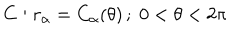
LaTeX: C : r _ { \alpha } = C _ { \alpha } ( \theta ) \, ; \; 0 < \theta < 2 \pi